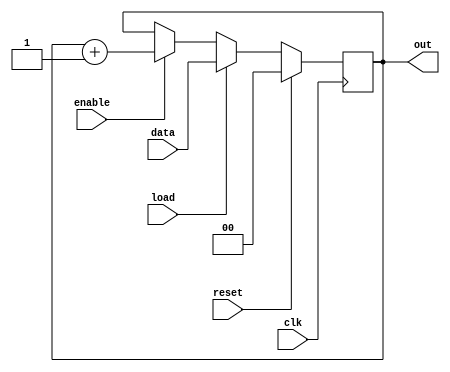
module flags_reg(
	out,
	data,
	load,
	enable,
	clk,
	reset
);


parameter WIDTH = 2;

output[WIDTH-1:0] out;

input[WIDTH-1:0] data;

input load, enable, clk, reset;

reg[WIDTH-1:0] out;

always @(posedge clk)
begin
	if (reset) begin
		out <= {WIDTH{1'b0}};
	end else 
	if (load) begin
		out <= data;
	end else 
	if (enable) begin 
		out <= out + 1;
	end
end


endmodule